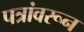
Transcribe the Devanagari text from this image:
पत्रांवरून